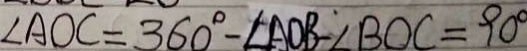
\angle A O C = 3 6 0 ^ { \circ } - \angle A O B - \angle B O C = 9 0 ^ { \circ }